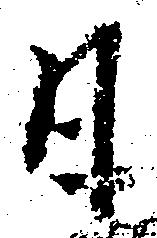
日